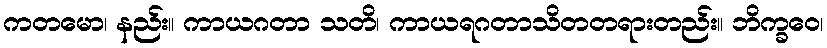
ကတမော၊ နည်း။ ကာယဂတာ သတိ၊ ကာယရဂတာသိတတရားတည်း။ ဘိက္ခဝေ၊